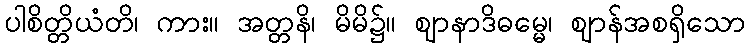
ပါစိတ္တိယံတိ၊ ကား။ အတ္တနိ၊ မိမိ၌။ ဈာနာဒိဓမ္မေ၊ ဈာန်အစရှိသော